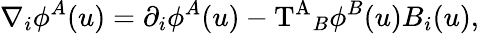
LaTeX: {\nabla}_{i}{\phi}^{A}(u)={\partial}_{i}{\phi}^{A}(u)-\mathrm{T^{A}}_{B}{\phi}^{B}(u)B_{i}(u),